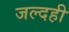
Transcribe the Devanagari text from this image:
जल्दही